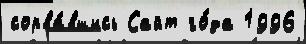
сорва́вшись Сайт го́да 1996